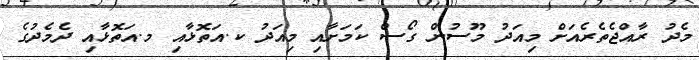
މެދު ރާއްޖެތެރެއަށް މިއަދު މޫސުން ގޯސް ކަމަށާއި މިއަދު ކ.އަތޮޅާއި މ.އަތޮޅާއި ދެމެދުގެ